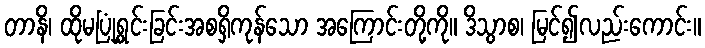
တာနိ၊ ထိုမပြုံရွှင်းခြင်းအစရှိကုန်သော အကြောင်းတို့ကို။ ဒိသွာစ၊ မြင်၍လည်းကောင်း။